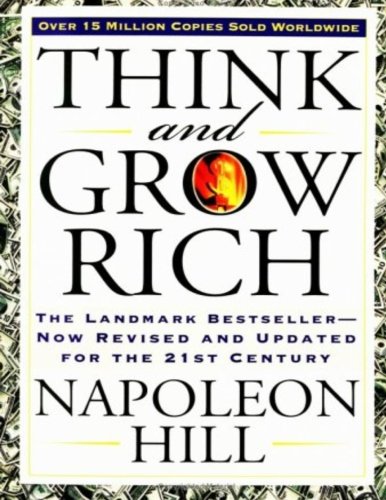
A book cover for Think and Grow Rich: The Landmark Bestseller - Now Revised and Updated for the 21st Century; Napoleon Hill; Self-Help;